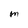
Character: M